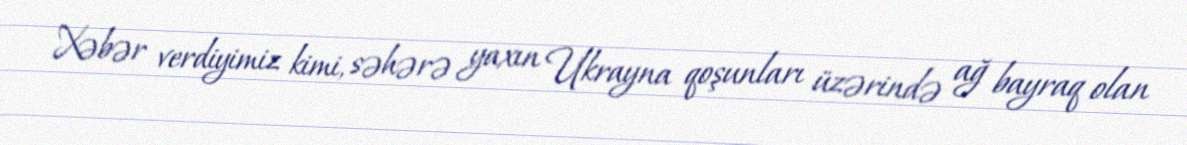
Xəbər verdiyimiz kimi, səhərə yaxın Ukrayna qoşunları üzərində ağ bayraq olan